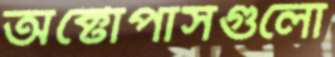
অক্টোপাসগুলো